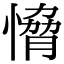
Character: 愶